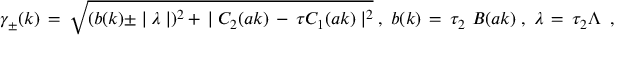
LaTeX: \gamma _ { \pm } ( k ) \, = \, \sqrt { ( b ( k ) \pm \mid \lambda \mid ) ^ { 2 } \, + \, \mid C _ { 2 } ( a k ) \, - \, \tau C _ { 1 } ( a k ) \mid ^ { 2 } } \; , \; b ( k ) \, = \, \tau _ { 2 } \, \, B ( a k ) \; , \; \lambda \, = \, \tau _ { 2 } \Lambda \; \; ,